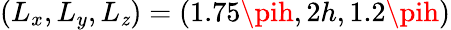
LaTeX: (L_{x},L_{y},L_{\mathit{z}})=(1.75\pih,2h,1.2\pih)